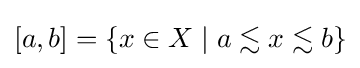
[a,b]=\{x\in X\mid a\lesssim x\lesssim b\}